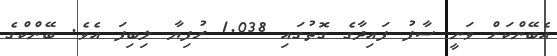
އެބޭންކަށް ވަނީ ސާފު ފައިދާގެ ގޮތުގައި 1.038 ރުފިޔާ ލިބިފަ އެވެ. ބޭންކްގެ